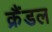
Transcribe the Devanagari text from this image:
क्रैंडल